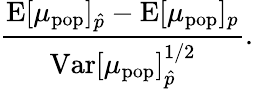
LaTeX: \frac{\mathrm{E}[\mu_{\mathrm{pop}}]_{\hat{p}}-\mathrm{E}[\mu_{\mathrm{pop}}]_{p}}{\mathrm{Var}[\mu_{\mathrm{pop}}]_{\hat{p}}^{1/2}}.